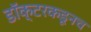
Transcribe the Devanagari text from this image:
डॉक्टरकडूनच